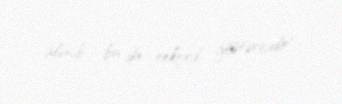
alınıb, bu da rekord göstəricidir".